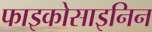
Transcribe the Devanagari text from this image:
फाइकोसाइनिन